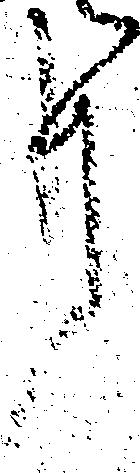
事